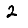
Digit: 2